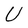
Character: U